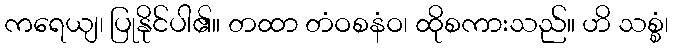
ကရေယျ၊ ပြုနိုင်ပါ၏။ တထာ တံဝစနံဝ၊ ထိုစကားသည်။ ဟိ သစ္စံ၊